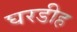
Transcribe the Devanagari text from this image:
घरडीह